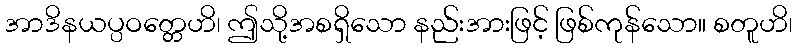
အာဒိနယပ္ပဝတ္တေဟိ၊ ဤသို့အစရှိသော နည်းအားဖြင့် ဖြစ်ကုန်သော။ စတူဟိ၊